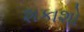
શકાશો